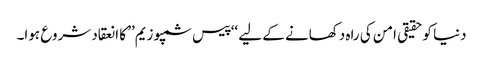
دنیا کوحقیقی امن کی راہ دکھانے کے لیے ‘‘پیس سمپوزیم’’ کا انعقاد شروع ہوا۔